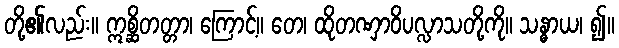
တို့၏လည်း။ ဣစ္ဆိတတ္တာ၊ ကြောင့်။ တေ၊ ထိုတဏှာဝိပလ္လာသတို့ကို။ သန္ဓာယ၊ ၍။